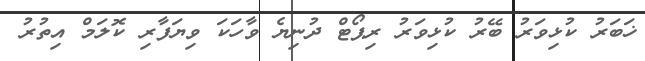
ޚަބަރު ކުޅިވަރު ބޭރު ކުޅިވަރު ރިޕޯޓް ދުނިޔެ ވާހަކަ ވިޔަފާރި ކޮލަމް އިތުރު